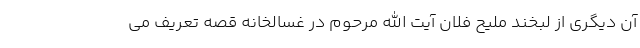
آن دیگری از لبخند ملیح فلان آیت الله مرحوم در غسالخانه قصه تعریف می